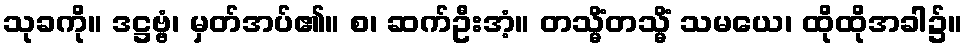
သုခကို။ ဒဋ္ဌဗ္ဗံ၊ မှတ်အပ်၏။ စ၊ ဆက်ဦးအံ့။ တသ္မိံတသ္မိံ သမယေ၊ ထိုထိုအခါ၌။